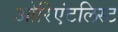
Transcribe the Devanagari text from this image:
ओरिएंटलिस्ट